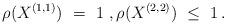
LaTeX: \begin{align*}\rho(X^{(1, 1)}) \ = \ 1\ , \rho(X^{(2, 2)}) \ \le \ 1\, .\end{align*}